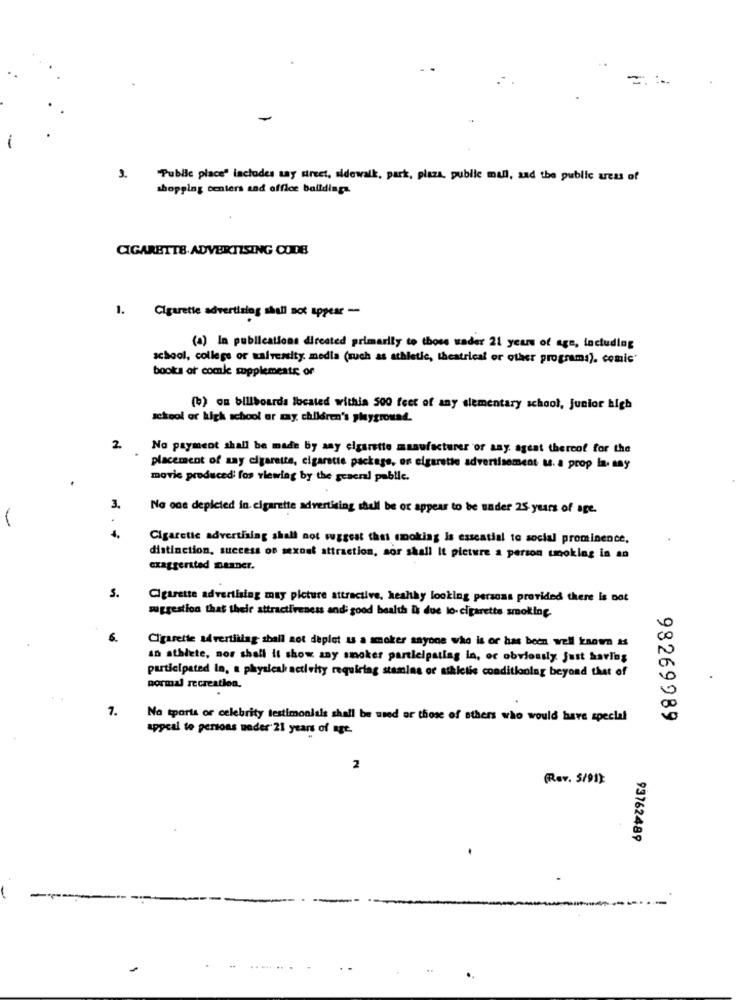
-
"Pubile place" includes tay street, sidewalk, park, plaza, public mal, sad the public uess of
shopping centers and office buildings.
CIGARETTE ADVERTISING CODE
1. Cigarette advertising shall not appear -
(a) In publications directed primarily to those wader 21 years of age, lactuding
school, college or salvenity media (such as athletic, theatrical or other programs). comic'
books of comle supplements or
(b) on billboards located within 500 feet of any elementary school, junior high
school or high school or my children's playground.
2
No payment shall be made by any cigarette manufacturer or any. agent thereof for the
placement of say cigarette, cigarette package, on cigarette advertisement u. a prop ia, may
movic produced fos viewing by the graceal public.
3.
No one depicted in cigarette advertising shall be or appear to be under 25 years of age.
-
4.
Cigaretic advertising shall not suggest that smoking is essential to social prominence,
distinction, success oo sexout attraction, sor shall It picture a person unoking in an
exaggerated meaner.
S.
Cigarette advertising may picture attractive, healthy looking persoas provided there is not
suggestion that their attractiveness and: good health is due lo- cigarette smoking.
6.
Cigarette advertising shall not deplot us a smoker anyone who is or has been well known as
an athlete, nor shall it show any smoker participating in, oc obviously just having
participated in, a physical activity requiring stamins or athletic conditioning beyond that of
normal recreation.
7.
Na tports or celebrity testimonials shall be used or those of sthers who would have special
98269989
appeal to persons nader 21 years of age.
2
(Rev. 5/91}
93762489